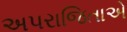
અપરાજિતાએ